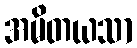
အမိတယသာ